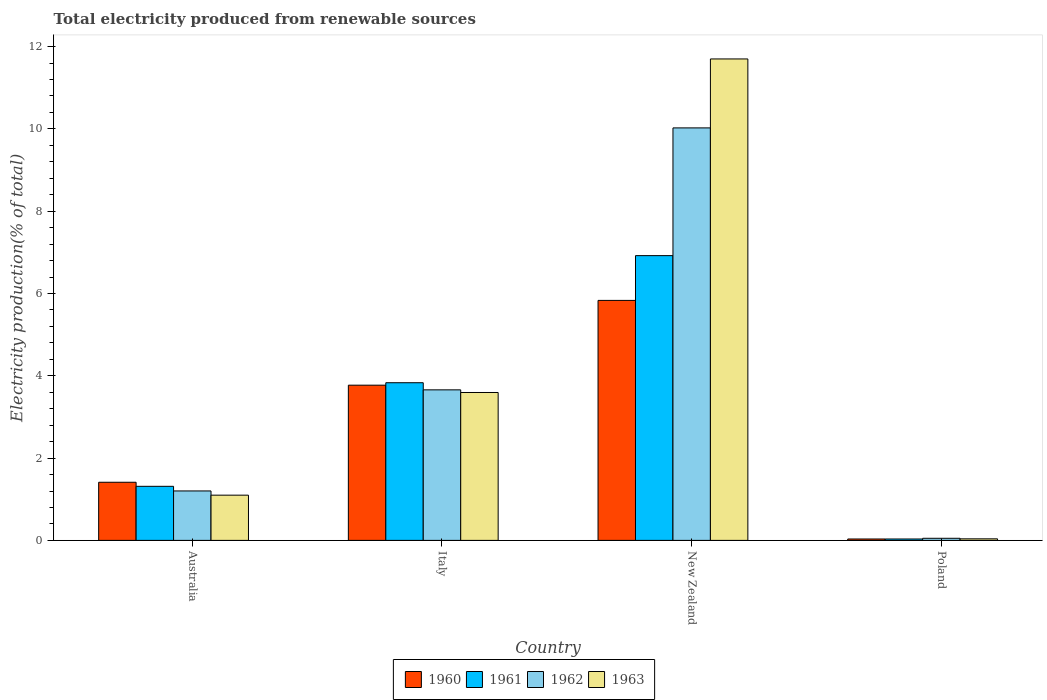
| Country | 1960 | 1961 | 1962 | 1963 |
 | --- | --- | --- | --- | --- |
 | Australia | 1.41 | 1.31 | 1.2 | 1.1 |
 | Italy | 3.77 | 3.83 | 3.66 | 3.59 |
 | New Zealand | 5.83 | 6.92 | 10 | 11.7 |
 | Poland | 0.0342 | 0.0341 | 0.0509 | 0.0379 |